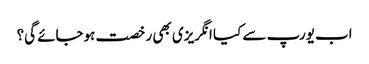
اب یورپ سے کیا انگریزی بھی رخصت ہوجائے گی؟